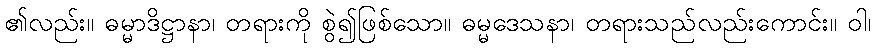
၏လည်း။ ဓမ္မာဒိဋ္ဌာနာ၊ တရားကို စွဲ၍ဖြစ်သော။ ဓမ္မဒေသနာ၊ တရားသည်လည်းကောင်း။ ဝါ၊